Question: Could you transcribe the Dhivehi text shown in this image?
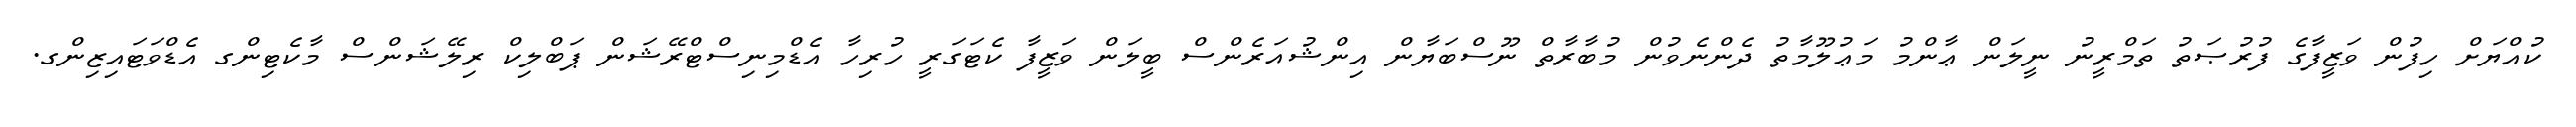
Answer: ކުއްޔަށް ހިފުން ވަޒީފާގެ ފުރުޞަތު ތަމްރީނު ނީލަން ޢާންމު މަޢުލޫމާތު ދެންނެވުން މުބާރާތް ނޫސްބަޔާން އިންޝުއަރެންސް ބީލަން ވަޒީފާ ކެޓަގަރީ ހުރިހާ އެޑްމިނިސްޓްރޭޝަން ޕަބްލިކް ރިލޭޝަންސް މާކެޓިންގ އެޑްވަޓައިޒިންގ.